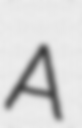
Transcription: A